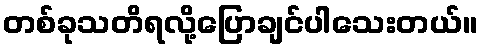
တစ်ခုသတိရလို့ပြောချင်ပါသေးတယ်။